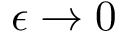
\epsilon \to 0